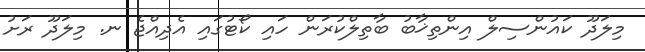
މިލަދޫ ކައުންސިލް އިންތިޚާބު ބާތިލްކުރަން ހައި ކޯޓުގައި އެދިއްޖެ ނ. މިލަދޫ ރަށު